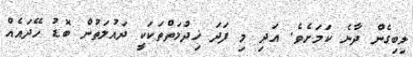
ލިބިގެން ދާނެ ކަމަށެވެ. އަދި މި ފަދަ ޚިދުމަތްތަކަކީ ދައުލަތުން ބޮޑު ހޭދައެއް